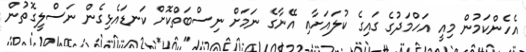
އެހެންކަމުން މިއީ އަހްމަދުގެ ގައިގެ ކުލައަށާއި އޭނާގެ ނަމަށް ނިސްބަތްކޮށް ކަނޑައެޅިގެން ނަސްލީގޮތުން